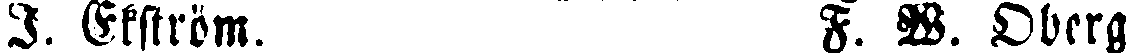
J. Ekström. F. W. Oberg.